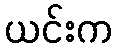
ယင်းက